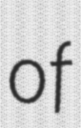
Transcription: of